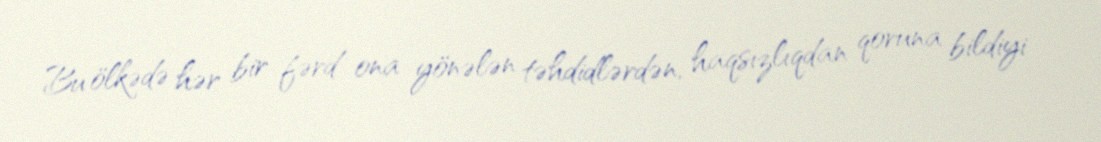
Bu ölkədə hər bir fərd ona yönələn təhdidlərdən, haqsızlıqdan qoruna bildiyi